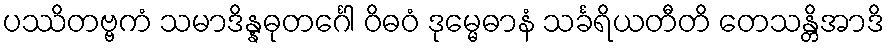
ပဿိတဗ္ဗကံ သမာဒိန္နဓုတင်္ဂေါ ဝိဓဝံ ဒုမ္မေဓာနံ သင်္ခရိယတီတိ တေသန္တိအာဒိ